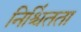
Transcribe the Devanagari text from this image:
निश्चिंतता